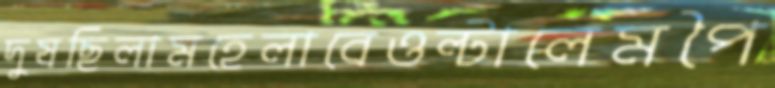
দুষছিলামহেলাবেওল্‌টালেমপৈ